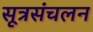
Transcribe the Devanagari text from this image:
सूत्रसंचलन